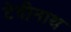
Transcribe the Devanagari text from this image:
टेदीनाथ